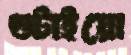
গুটাইয়ো